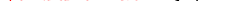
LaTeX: \smash{\ensuremath{F_{\! s}}\neq 1}